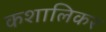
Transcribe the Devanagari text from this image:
कशालिकर